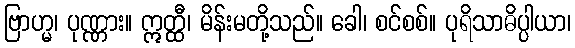
ဗြာဟ္မ၊ ပုဏ္ဏား။ ဣတ္ထီ၊ မိန်းမတို့သည်။ ခေါ၊ စင်စစ်။ ပုရိသာဓိပ္ပါယာ၊